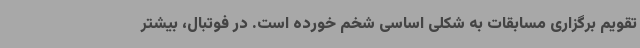
تقویم برگزاری مسابقات به شکلی اساسی شخم خورده است. در فوتبال، بیشتر